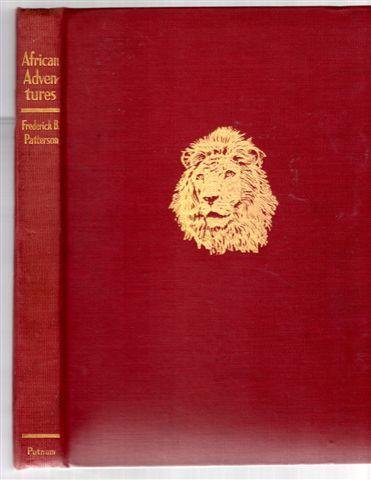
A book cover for African Adventures; Frederick Beck Patterson; Travel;